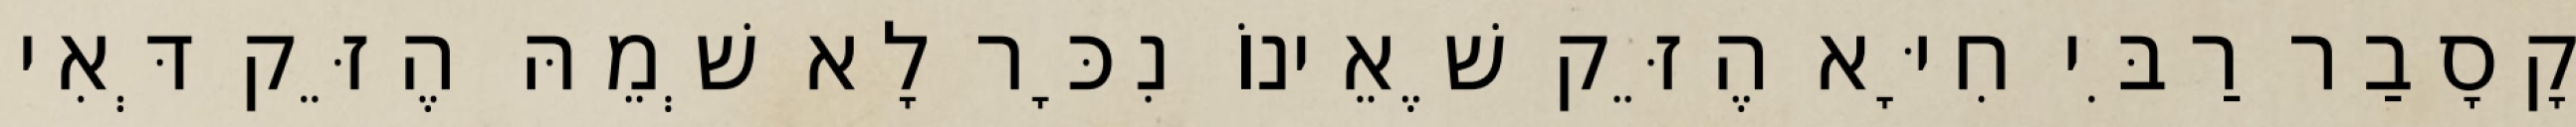
קָסָבַר רַבִּי חִיָּא הֶזֵּק שֶׁאֵינוֹ נִכָּר לָא שְׁמֵהּ הֶזֵּק דְּאִי